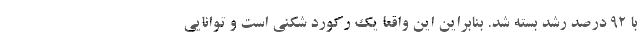
با ۹۲ درصد رشد بسته شد. بنابراین این واقعا یک رکورد شکنی است و توانایی